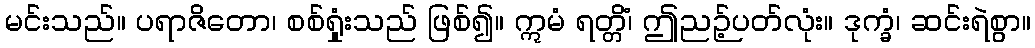
မင်းသည်။ ပရာဇိတော၊ စစ်ရှုံးသည် ဖြစ်၍။ ဣမံ ရတ္တိံ၊ ဤညဉ့်ပတ်လုံး။ ဒုက္ခံ၊ ဆင်းရဲစွာ။